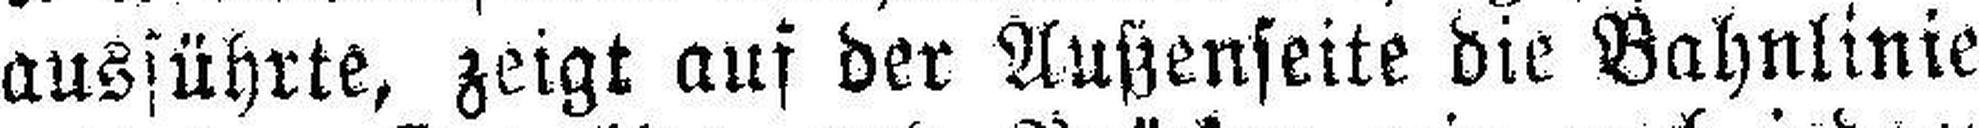
ausführte, zeigt auf der Außenseite die Bahnlinie